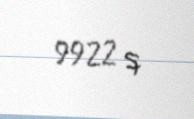
9922 q